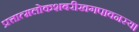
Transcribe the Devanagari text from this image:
प्रत्तात्मलोकशबरीखगपावनस्य।